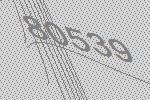
80539